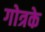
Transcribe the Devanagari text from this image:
गोत्रके